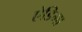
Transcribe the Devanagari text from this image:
ऐडिमा